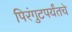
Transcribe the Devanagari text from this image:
पिरंगुटपर्यंतचे